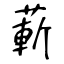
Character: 蔪